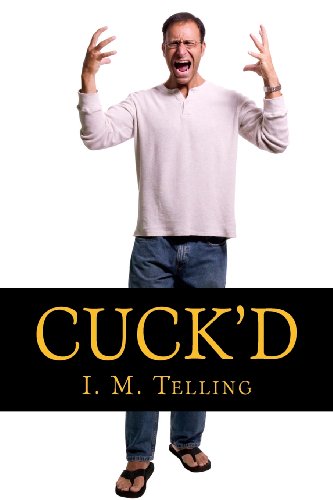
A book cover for Cuck'd!; I. M. Telling; Romance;